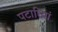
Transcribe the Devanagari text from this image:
पटारियां